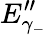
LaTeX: E_{\gamma_{-}}^{\prime\prime}